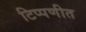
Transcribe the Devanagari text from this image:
टिप्पणीत